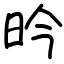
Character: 昑